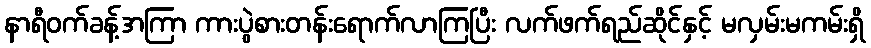
နာရီဝက်ခန့်အကြာ ကားပွဲစားတန်းရောက်လာကြပြီး လက်ဖက်ရည်ဆိုင်နှင့် မလှမ်းမကမ်းရှိ